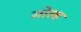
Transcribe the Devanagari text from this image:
सोल्‍ड